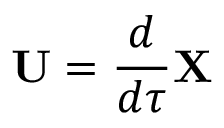
\mathbf { U } = { \frac { d } { d \tau } } \mathbf { X }